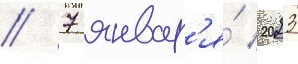
// 7 январ'я́ 2023